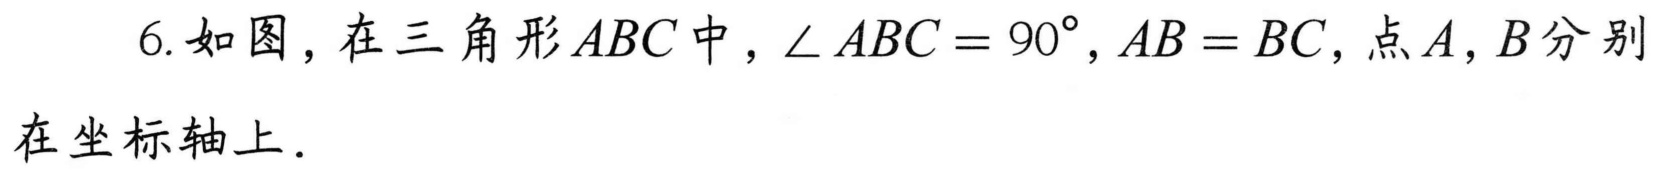
6.如图，在三角形\(ABC\)中，\(\angle ABC = 90^{\circ},AB = BC\)，点\(A,B\)分别在坐标轴上.